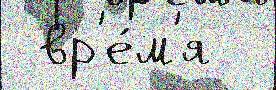
 вр'е́м'я